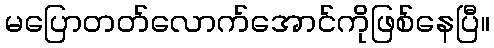
မပြောတတ်လောက်အောင်ကိုဖြစ်နေပြီ။